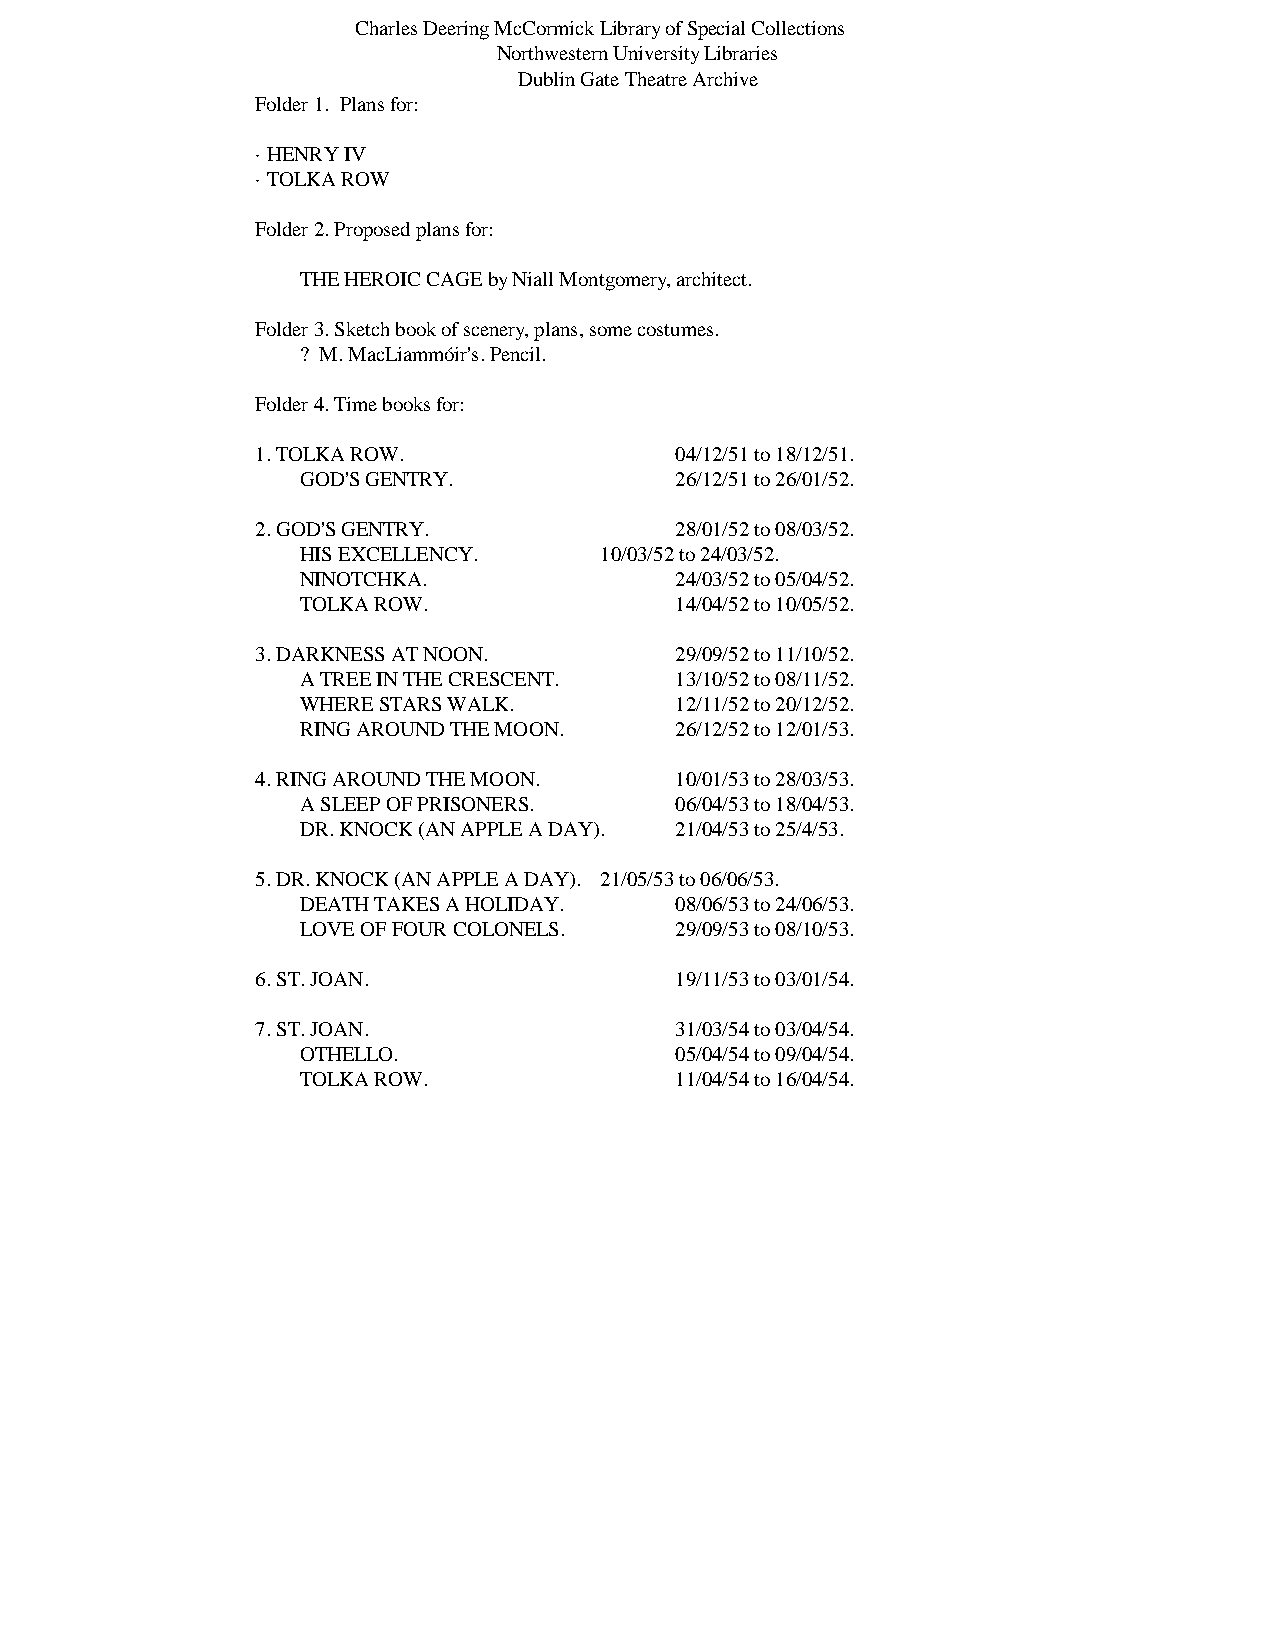
Charles Deering McCormick Library of Special Collections
 Northwestern University Libraries
 Dublin Gate Theatre Archive
 Folder 1. Plans for:
 · HENRY IV
 · TOLKA ROW
 Folder 2. Proposed plans for:
 THE HEROIC CAGE by Niall Montgomery, architect.
 Folder 3. Sketch book of scenery, plans, some costumes.
 ? M. MacLiammóir's. Pencil.
 Folder 4. Time books for:
 1. TOLKA ROW.               04/12/51 to 18/12/51.
 GOD'S GENTRY.            26/12/51 to 26/01/52.
 2. GOD'S GENTRY.            28/01/52 to 08/03/52.
 HIS EXCELLENCY.     10/03/52 to 24/03/52.
 NINOTCHKA.               24/03/52 to 05/04/52.
 TOLKA ROW.               14/04/52 to 10/05/52.
 3. DARKNESS AT NOON.        29/09/52 to 11/10/52.
 A TREE IN THE CRESCENT.  13/10/52 to 08/11/52.
 WHERE STARS WALK.        12/11/52 to 20/12/52.
 RING AROUND THE MOON.    26/12/52 to 12/01/53.
 4. RING AROUND THE MOON.    10/01/53 to 28/03/53.
 A SLEEP OF PRISONERS.    06/04/53 to 18/04/53.
 DR. KNOCK (AN APPLE A DAY). 21/04/53 to 25/4/53.
 5. DR. KNOCK (AN APPLE A DAY). 21/05/53 to 06/06/53.
 DEATH TAKES A HOLIDAY.   08/06/53 to 24/06/53.
 LOVE OF FOUR COLONELS.   29/09/53 to 08/10/53.
 6. ST. JOAN.                19/11/53 to 03/01/54.
 7. ST. JOAN.                31/03/54 to 03/04/54.
 OTHELLO.                 05/04/54 to 09/04/54.
 TOLKA ROW.               11/04/54 to 16/04/54.